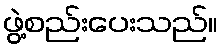
ဖွဲ့စည်းပေးသည်။